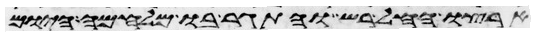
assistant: ארצו החל רש והתגר בו מלחמה היום